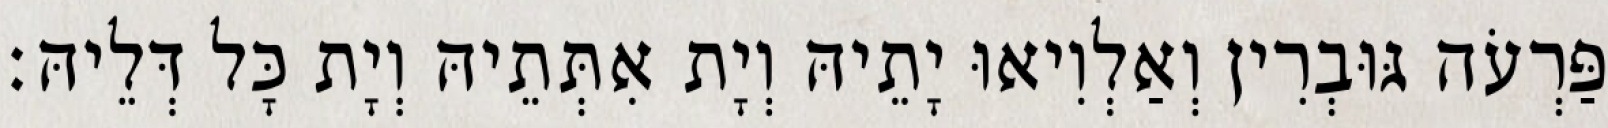
פַּרְעֹה גּוּבְרִין וְאַלְוִיאוּ יָתֵיהּ וְיָת אִתְּתֵיהּ וְיָת כָּל דְּלֵיהּ׃